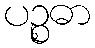
ပဉ္စဓာ